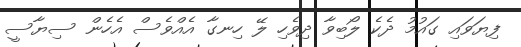
ފިޔަވައި ގައުމު ދެކެ ލޯބިވާ ދިވެހި ލޭ ހިނގާ އެއްވެސް އެހެން ސިޔާސީ